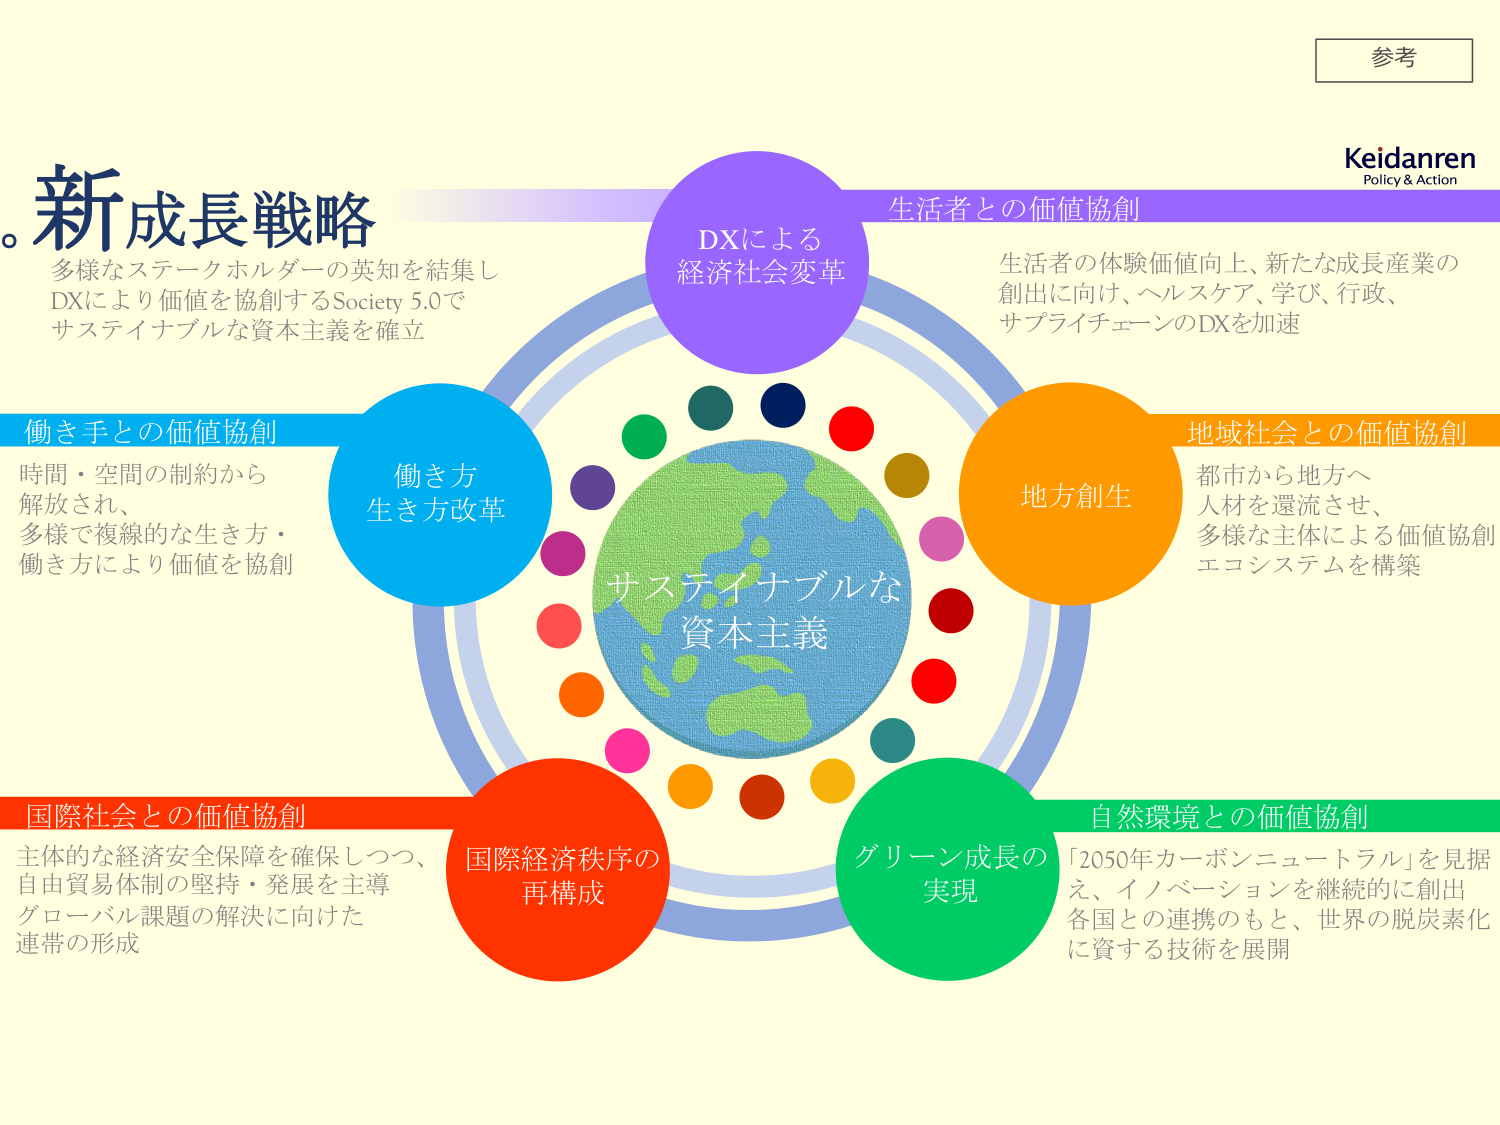
参考
Keidanren
Policy & Action

新成長戦略
多様なステークホルダーの英知を結集し
DXにより価値を協創するSociety 5.0で
サステイナブルな資本主義を確立

DXによる
経済社会変革
生活者との価値協創
生活者の体験価値向上、新たな成長産業の
創出に向け、ヘルスケア、学び、行政、
サプライチェーンのDXを加速

働き手との価値協創
時間・空間の制約から
解放され、
多様で複線的な生き方・
働き方により価値を協創
働き方
生き方改革

地域社会との価値協創
都市から地方へ
人材を還流させ、
多様な主体による価値協創
エコシステムを構築
地方創生

国際社会との価値協創
主体的な経済安全保障を確保しつつ、
自由貿易体制の堅持・発展を主導
グローバル課題の解決に向けた
連帯の形成
国際経済秩序の
再構成

自然環境との価値協創
「2050年カーボンニュートラル」を見据え、イノベーションを継続的に創出
各国との連携のもと、世界の脱炭素化
に資する技術を展開
グリーン成長の
実現

サステイナブルな
資本主義